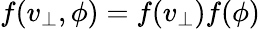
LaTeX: f(v_{\perp},\phi)=f(v_{\perp})f(\phi)